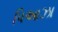
પિઆઝા